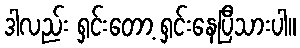
ဒါလည်း ရှင်းတော့ ရှင်းနေပြီသားပါ။